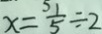
x = \frac { 1 } { 5 } \div 2